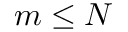
m \le N